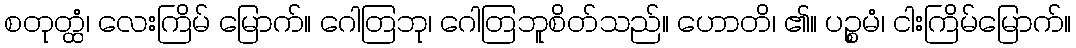
စတုတ္ထံ၊ လေးကြိမ် မြောက်။ ဂေါတြဘု၊ ဂေါတြဘူစိတ်သည်။ ဟောတိ၊ ၏။ ပဉ္စမံ၊ ငါးကြိမ်မြောက်။